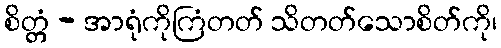
စိတ္တံ - အာရုံကိုကြံတတ် သိတတ်သောစိတ်ကို၊